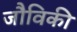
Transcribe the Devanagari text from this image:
जौविकी